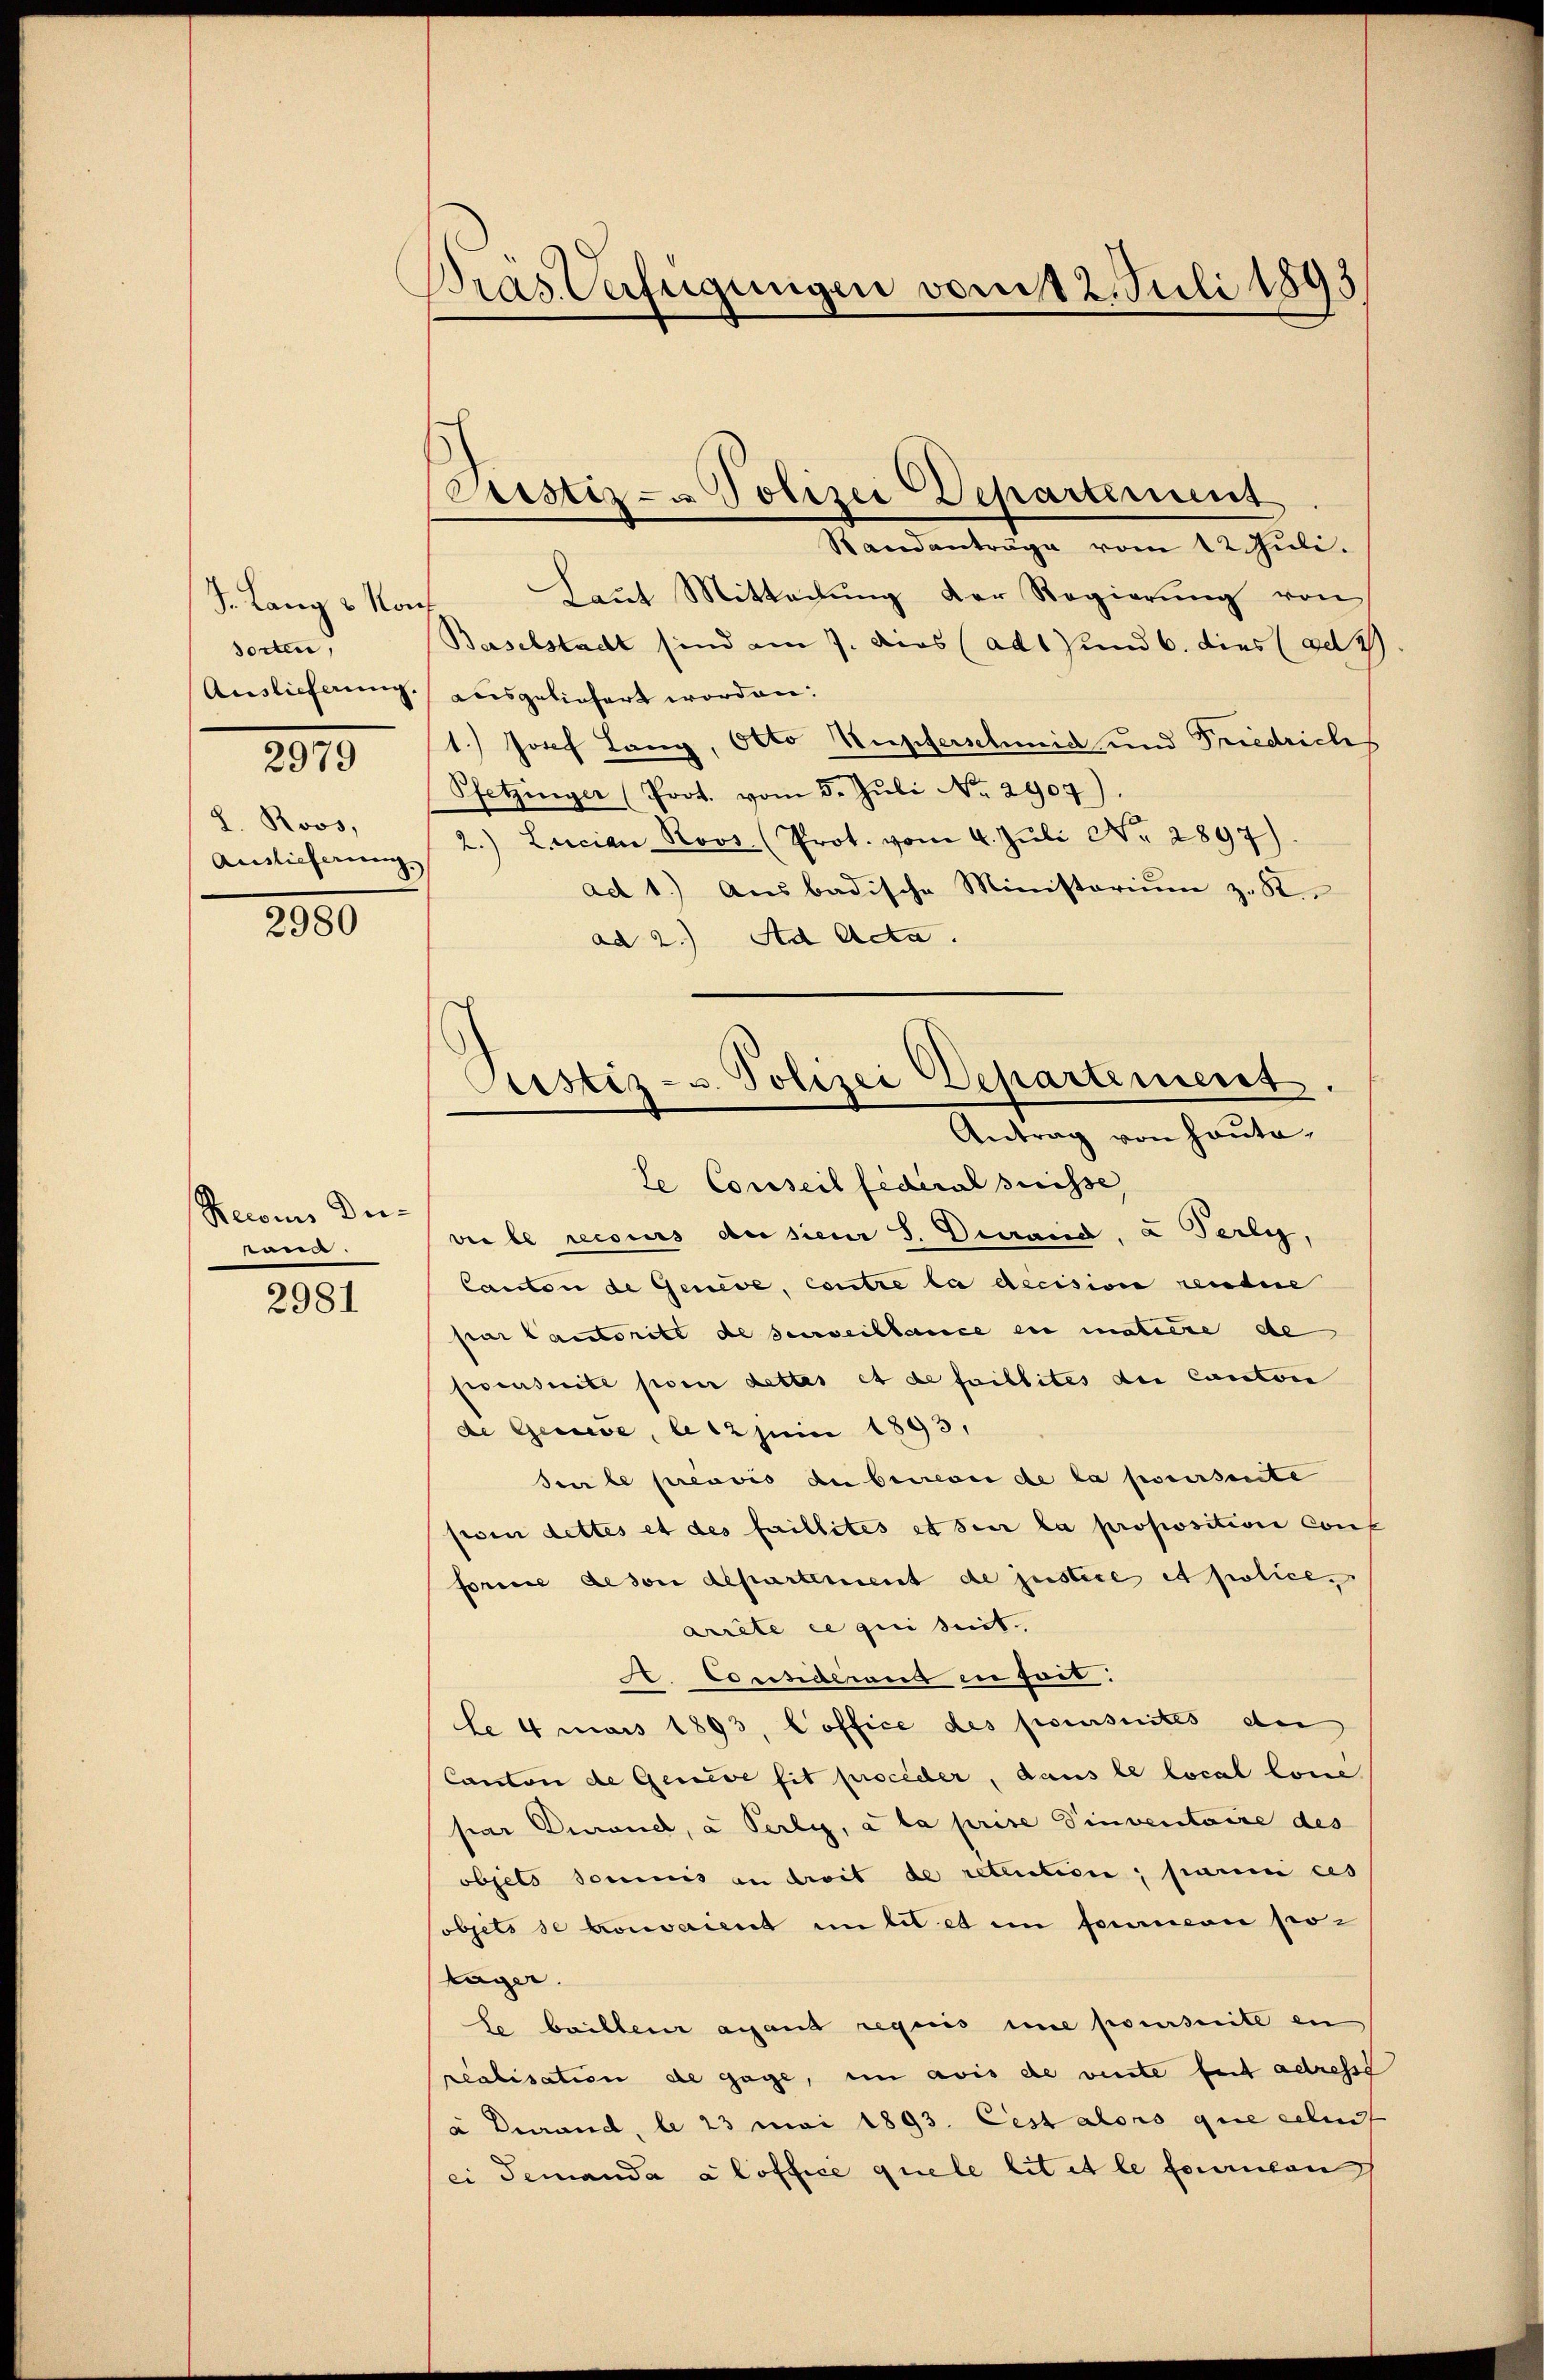
J. Lang & No
sorten,
Auslieferung.
2979
L. Roos,
Auslicherung

2980

Recoris Dutond.

2981

Dras Verfügungen vom 12. Juli 1893

Pustiz- & Polizei Departement
Randanträge vom 12. Juli.

Justiz- u. Polizei Departement.
Antrag von Hauto¬

Laut Mitteilung der Regierung von
Baselstadt sind am 7. dies (ad und 6. dies ad 2.
ausgeliefert worden.
1.) Josef Lang, Otto Stupferschmid und Friedricht
Pfetzinger (Prot. vom 5. Juli No. 2907)
2.) Lucian Roos (Prot. vom 4. Juli Nr. 2897)
ad 1.) Ausbadische Ministoriŭm z. K
ad 2.) Ad Acta.
te Conseil federal Suisse
vie le recours de siener S. Distand, a Terly,
Canton de Genere, contre la decision reindere
par Cantoritt de surveillance in matière de
pensuite pour dettes et de faillites du Canton
de Geneve, le 12 Juni 1893,
Seile préavis de beirever de la poursuite
psen dettes et des faillites et sehr la proposition conf
forme gesor departement de justice et police
arrête ce qui seit
A. Considens in Zeit:
le 4 mai 1893, Coffice des poursuites der
Canton de Genève sit proceder, dans le local lone
par Durancs, à Perli, a la prise Dinventaire des
objets soumis an dreis de retruction, parmi les
objets se trouvaient in lit et ein feuricon potager.
Le bailleur avant requis eine poursuite en
realisation de gage, in avis de vente fait adresse
a Derand, le 23 mai 1893. Cest aloro que celui
ei Jemanda aloffice quele lit et le franken